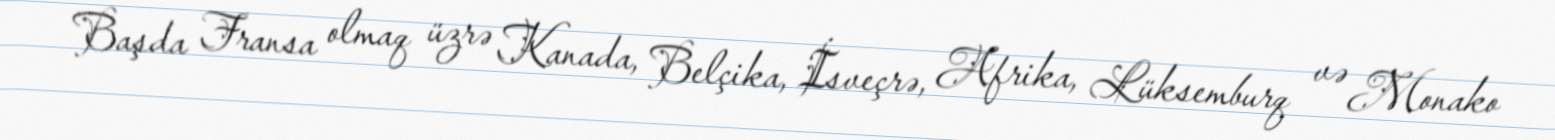
Başda Fransa olmaq üzrə Kanada, Belçika, İsveçrə, Afrika, Lüksemburq və Monako